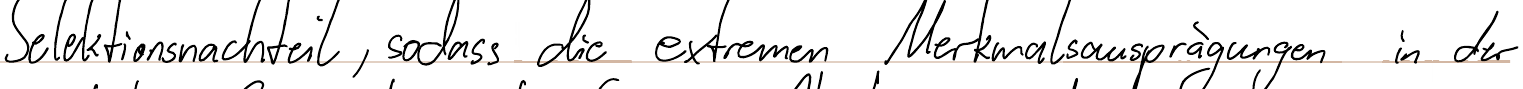
Selektionsnachteil, sodass die extremen Merkmalsausprägungen in der